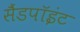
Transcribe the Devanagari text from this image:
सैंडपॉइंट